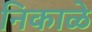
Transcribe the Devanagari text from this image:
निकाळे